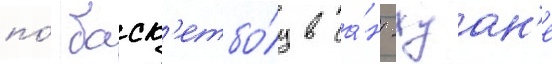
по́ баск'етбо́лу в са́н-хуан'е